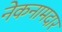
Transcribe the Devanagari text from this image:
नेकनामदार